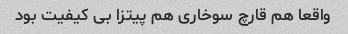
واقعا هم قارچ سوخاری هم پیتزا بی کیفیت بود